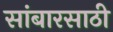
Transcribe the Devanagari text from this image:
सांबारसाठी